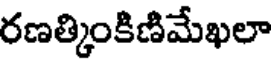
రణత్కింకిణిమేఖలా